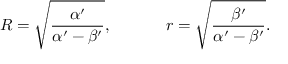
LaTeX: R = \sqrt { \frac { \alpha ^ { \prime } } { \alpha ^ { \prime } - \beta ^ { \prime } } } , ~ ~ ~ ~ ~ ~ ~ ~ ~ ~ r = \sqrt { \frac { \beta ^ { \prime } } { \alpha ^ { \prime } - \beta ^ { \prime } } } .